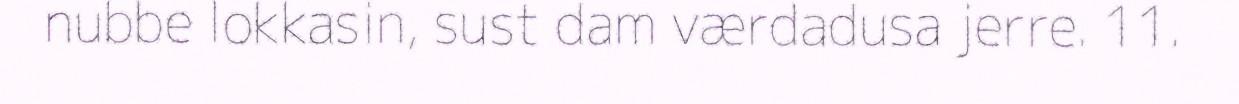
nubbe lokkasin, sust dam værdadusa jerre. 11.